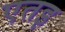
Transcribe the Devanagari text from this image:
एतइ